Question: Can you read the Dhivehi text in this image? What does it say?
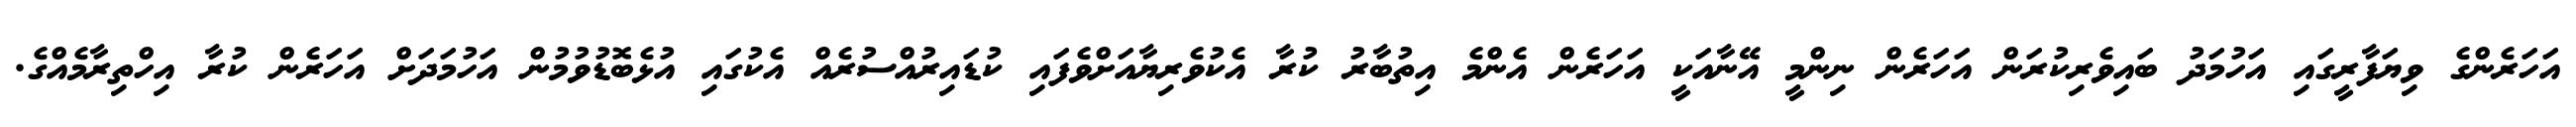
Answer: އަހަރެންގެ ވިޔަފާރީގައި އަހުމަދު ބައިވެރިކުރަން އަހަރެން ނިންމީ އޭނާއަކީ އަހަރެން އެންމެ އިތުބާރު ކުރާ އެކުވެރިޔާއަށްވެފައި ކުޑައިރުއްސުރެއް އެކުގައި އުޅެބޮޑުވުމުން އަހުމަދަށް އަހަރެން ކުރާ އިހްތިރާމެއްގެ.